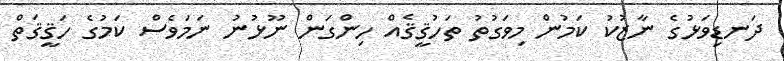
ދަނޑިވަޅުގެ ނާޒުކު ކަމުން މިވަގުތު ތަހުޤީޤެއް ހިންގަން ނޫޅުނު ނަމަވެސް ކަމުގެ ހަޤީޤަތް